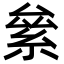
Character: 絫